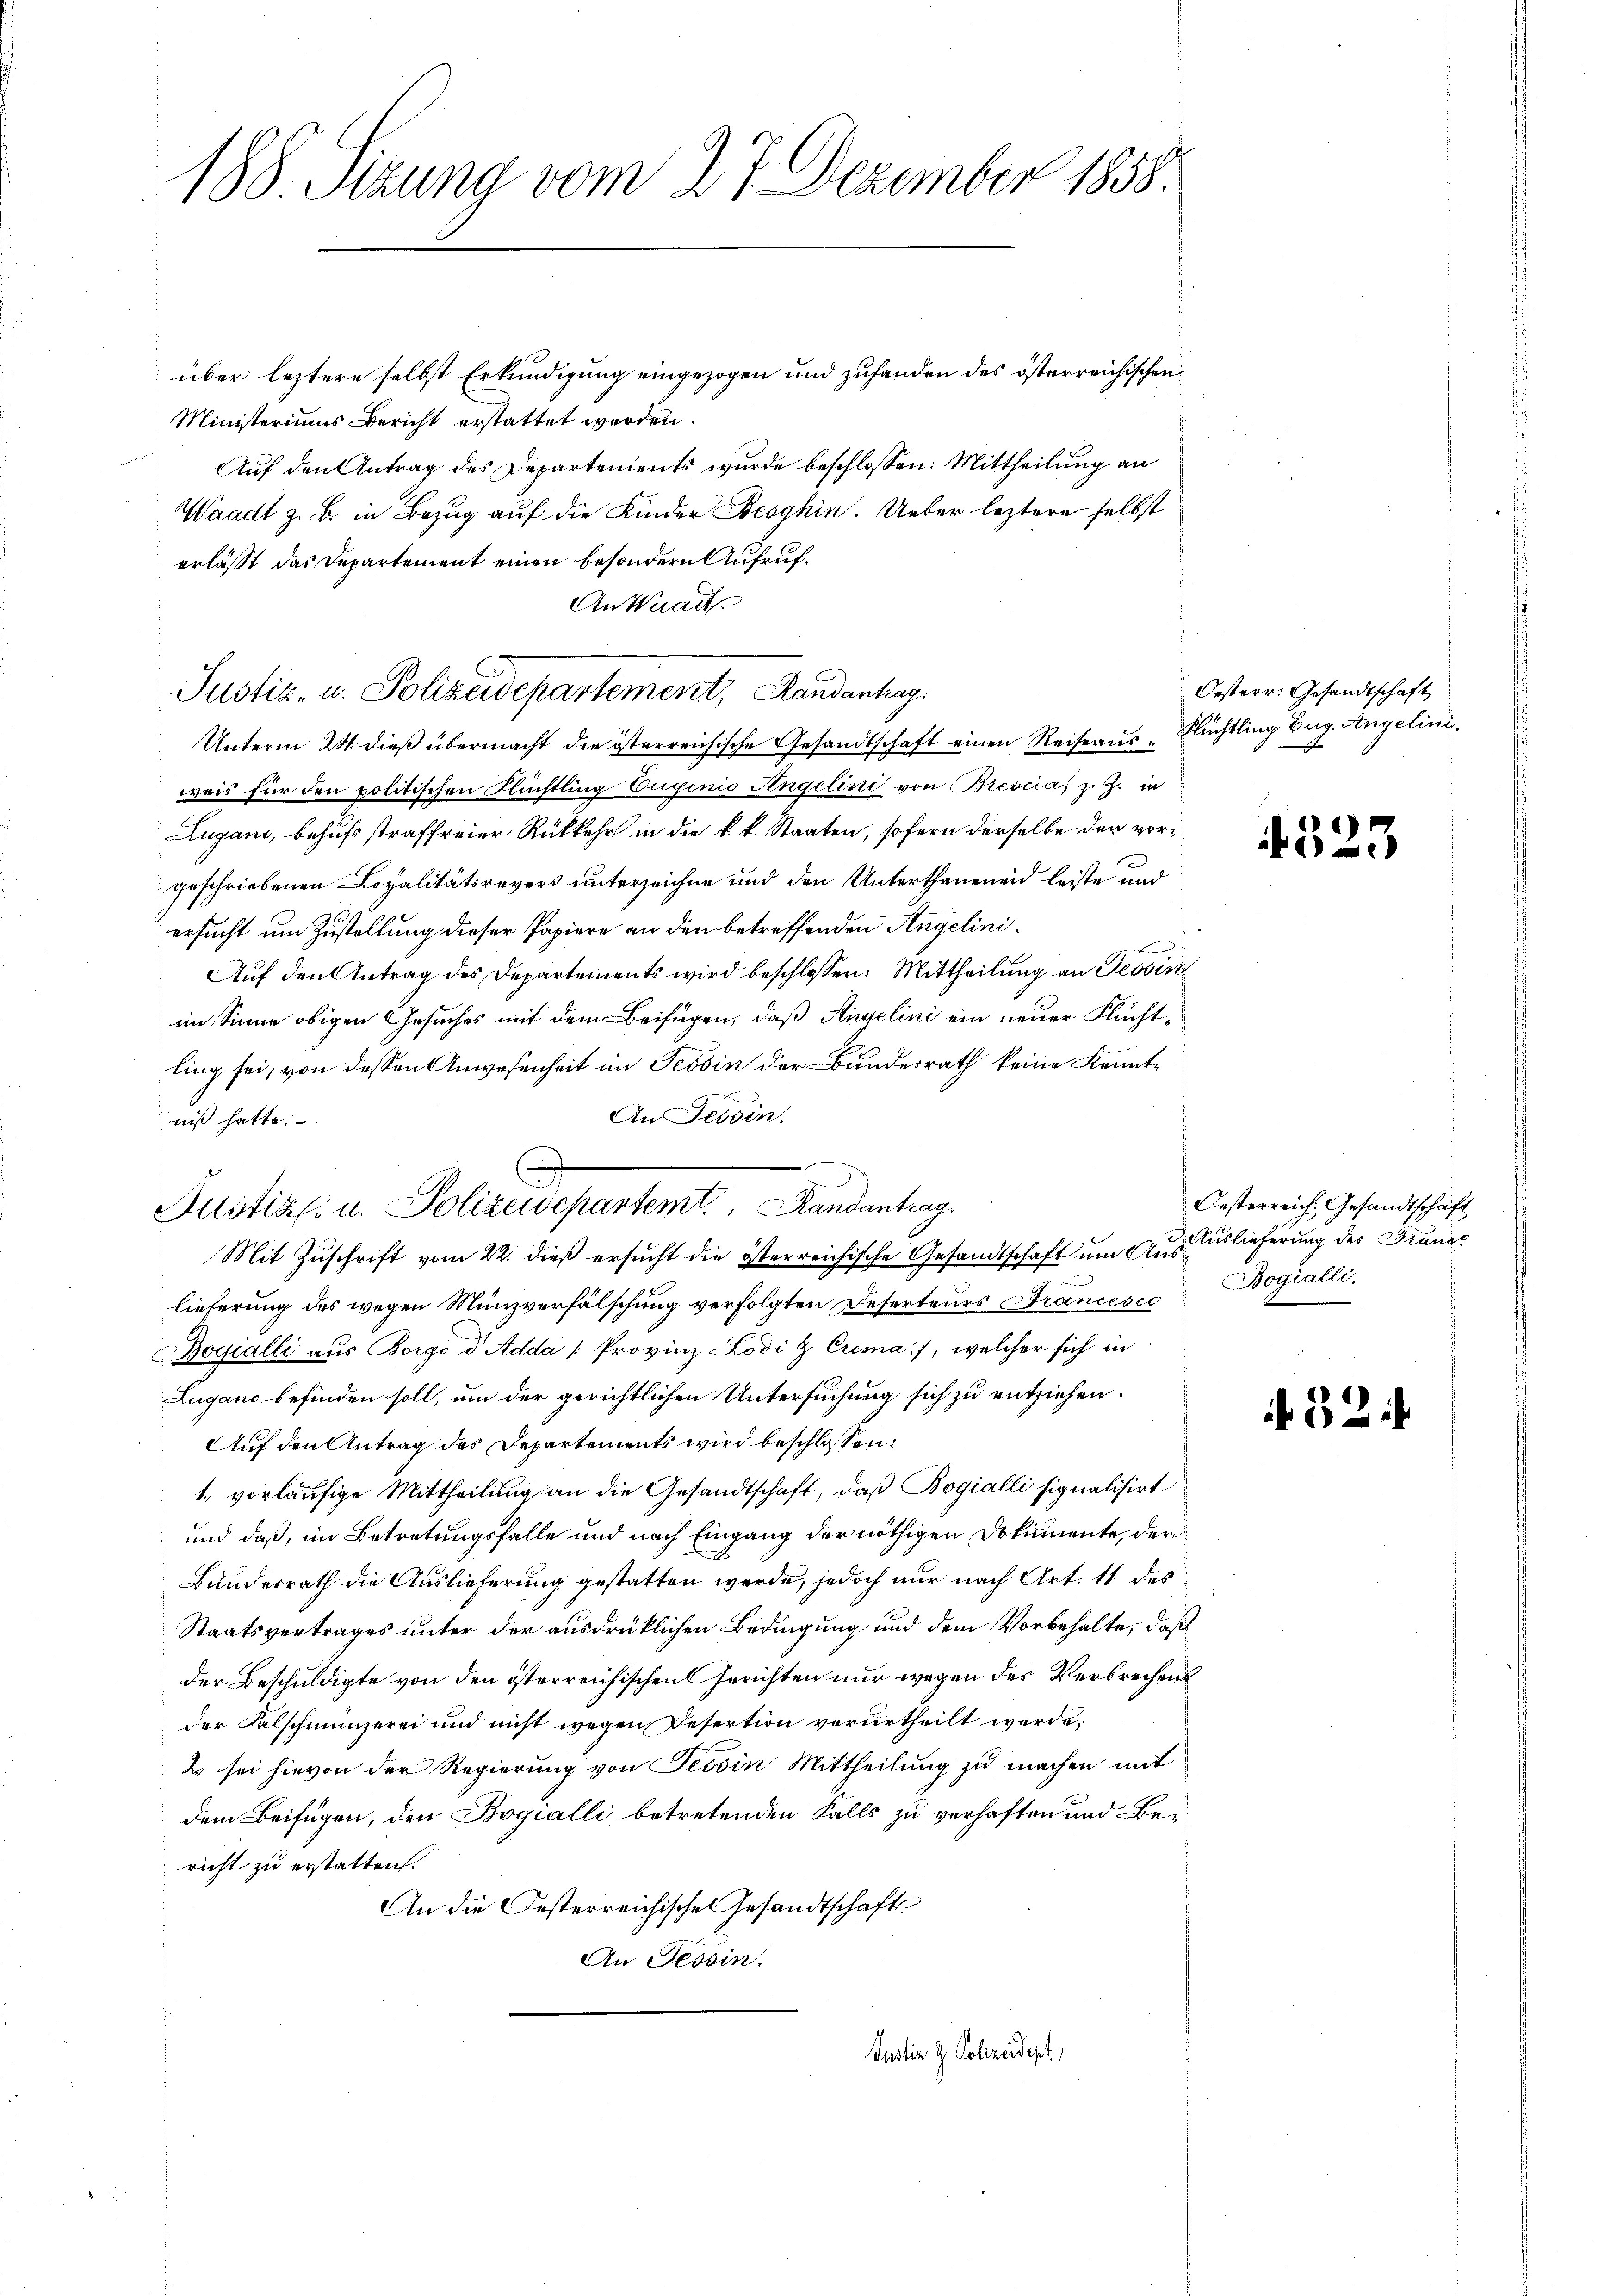
188 Sizung vom 27. Dezember 1858.

über leztere selbst Erkundigung eingezogen und zuhanden des österreichischen
Ministeriums Bericht erstattet werden.
Auf den Antrag des Departements wurde beschlossen: Mittheilung an
Waadt z. B. in Bezug auf die Kinder Beoghin. Ueber leztere selbst
erlässt das Departement einen besondern Aufruf¬
An Waadt
Unterm 24. dieβ übermacht die österreichische Gesandtschaft einen Reiseaŭs " Nüchtling Eug. Angelini,
weis für den politischen Flüchtling Eugenio Angelini von Brescia; z. Z. in
Lugano, behufs straffreier Rückkehr in die k. k. Staaten, sofern derselbe den vor¬
.
geschriebenen Lopalitätsrevers unterzeichne und den Unterthaneneid leiste und
ersucht um Zustellung dieser Papiere an den betreffenden Angelinis
Auf den Antrag des Departements wird beschlossen: Mittheilung an Tessin
im Sinne obigen Gesuches mit dem Beifügen, daß Angelini ein neuer Flüchtling sei, von dessen Anwesenheit im Tessin der Bundesrath keine Kennt¬
F
An Tessin.
niß hatte.
Mit Zuschrift vom 22. dieß ersucht die österreichische Gesandtschaft um Aus Auslieferung der Fraunsc
lieferung des wegen Münzverfälschung verfolgten Deserteurs Francesco Bogialli
Bogialli aus Borgo d Adda [Provinz Lodi & Cremas, welcher sich in
Lugano befinden soll, um der gerichtlichen Untersuchung sich zu entziehen.
Auf den Antrag des Departements wird beschlossen:
1., vorläufige Mittheilung an die Gesandtschaft, daß Bogialli signalisirt
und daß, im Betretungsfalle und nach Eingang der nöthigen Dokumente, der
Bundesrath die Auslieferung gestatten werde, jedoch nur nach Art. 11 des
Staatsvertrages unter der ausdrüklichen Bedingung und dem Vorbehalte, daß
der Beschuldigte von den österreichischen Gerichten nur wegen des Verbrechens
der Falscheinverei und nicht wegen Desertion verurtheilt werde,
2 sei hievon der Regierung von Tessin Mittheilung zu machen mit
dem Beifügen, den Bogialli betretenden Falls zu verhaften und Bericht zu erstatten.
An die Oesterreichischen Gesandtschaft
An Tessin.
Justiz & Polizeidept

7
Justiz- u. Polizeidepartemt. Randantrag

Justiz- u. Polizeidepartement, Handantag.

Oesterr. Gesandtschaft

323

Oesterreich. Gesandtschaft

if. 32